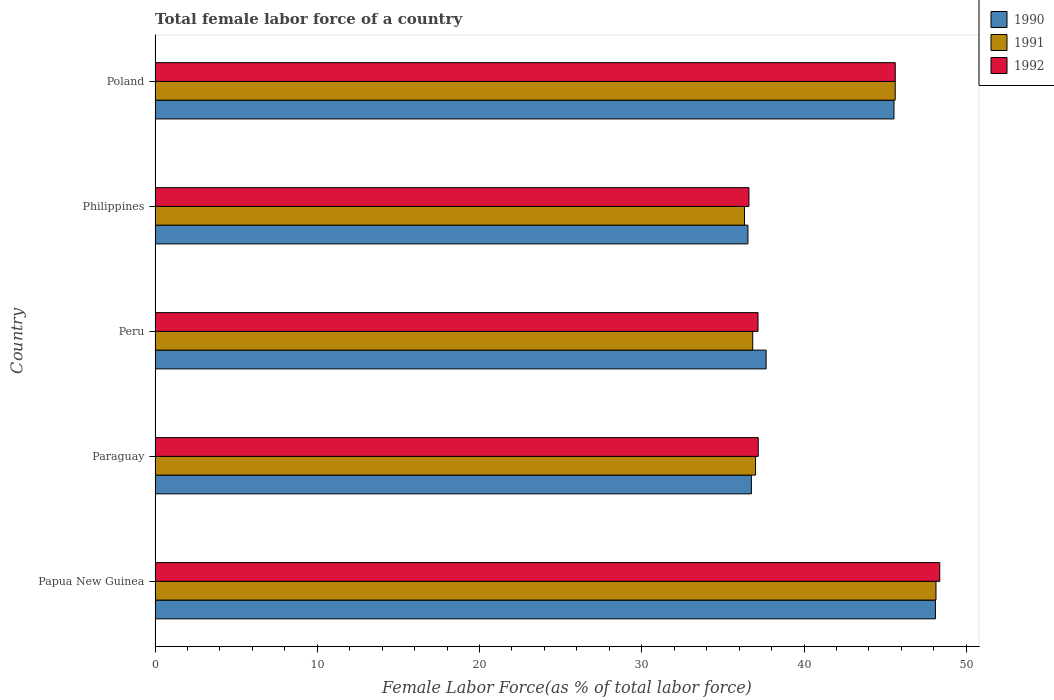
| Country | 1990 | 1991 | 1992 |
 | --- | --- | --- | --- |
 | Papua New Guinea | 48.1 | 48.1 | 48.4 |
 | Paraguay | 36.8 | 37 | 37.2 |
 | Peru | 37.7 | 36.8 | 37.2 |
 | Philippines | 36.5 | 36.3 | 36.6 |
 | Poland | 45.5 | 45.6 | 45.6 |